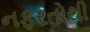
નફરતોથી